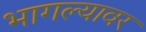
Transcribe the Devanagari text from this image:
भागल्यावर